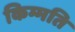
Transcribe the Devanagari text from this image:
किम्मति